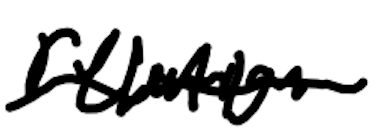
Text: relation
Cross-out: wave
Writing tool: digital_black